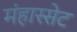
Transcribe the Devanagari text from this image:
मंहास्सेट